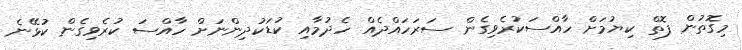
މިގޮތުން ފޮތް ކިޔުމަށް ހާއްސަކުރެވިގެން ސަރަހައްދެއް ހެދުމާއި ކުޑަކުދިންނަށް ހާއްސަ ކުރެވިގެން ކުޅޭނެ